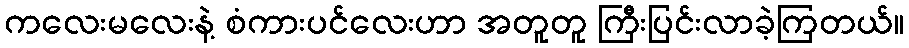
ကလေးမလေးနဲ့ စံကားပင်လေးဟာ အတူတူ ကြီးပြင်းလာခဲ့ကြတယ်။